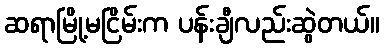
ဆရာမြို့မငြိမ်းက ပန်းချီလည်းဆွဲတယ်။